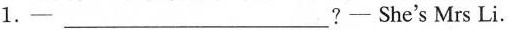
1.-___?-She's Mrs Li.